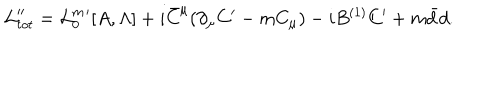
LaTeX: { \cal L } _ { t o t } ^ { \prime \prime } = { \cal L } _ { 0 } ^ { m } { } ^ { \prime } [ A , \Lambda ] + i \bar { C } ^ { \mu } ( \partial _ { \mu } C ^ { \prime } - m C _ { \mu } ) - i B ^ { ( 1 ) } C ^ { \prime } + m \bar { d } d .